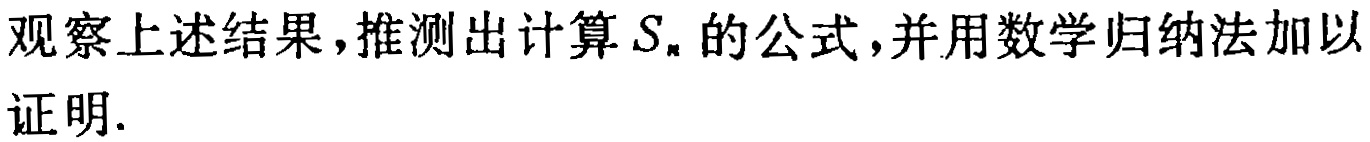
观察上述结果，推测出计算\(S_{n}\)的公式，并用数学归纳法加以证明.